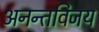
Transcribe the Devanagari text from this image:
अनन्तविजय